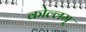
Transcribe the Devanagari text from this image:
कोल्लम्